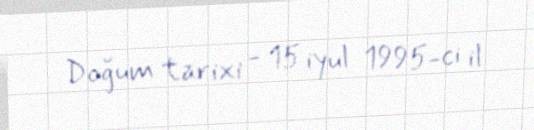
Doğum tarixi - 15 iyul 1995-ci il